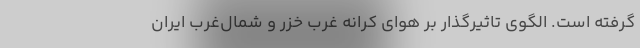
گرفته است. الگوی تاثیرگذار بر هوای کرانه غرب خزر و شمال‌غرب ایران